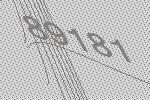
89181